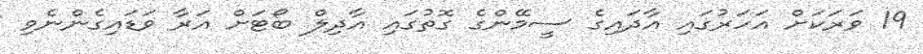
19 ވަރަކަށް އަހަރުގައި އާދައިގެ ސީމޭންގެ ގޮތުގައި އާދިލް ބޯޓަށް އަރާ ވަަޑައިގެންނެވި